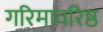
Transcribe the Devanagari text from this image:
गरिमावरिष्ठ